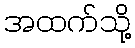
အထက်သို့